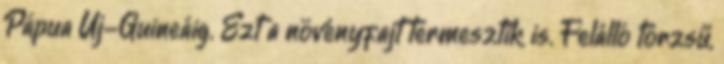
Pápua Új-Guineáig. Ezt a növényfajt termesztik is. Felálló törzsű,